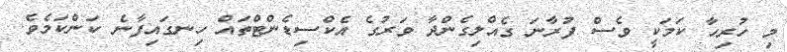
މި ހުރިހާ ކަމަކީ ވެސް ފުރާނަ ގެއްލިގެންދާ ވަރުުގެ އެކްސިޑެންޓްތައް ހިނގައިފާނެ ކަންކަމެވެ.